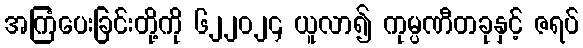
အကြံပေးခြင်းတို့ကို ၆၂၂၀၂၄ ယူလာ၍ ကုမ္ပဏီတခုနှင့် ဇရပ်